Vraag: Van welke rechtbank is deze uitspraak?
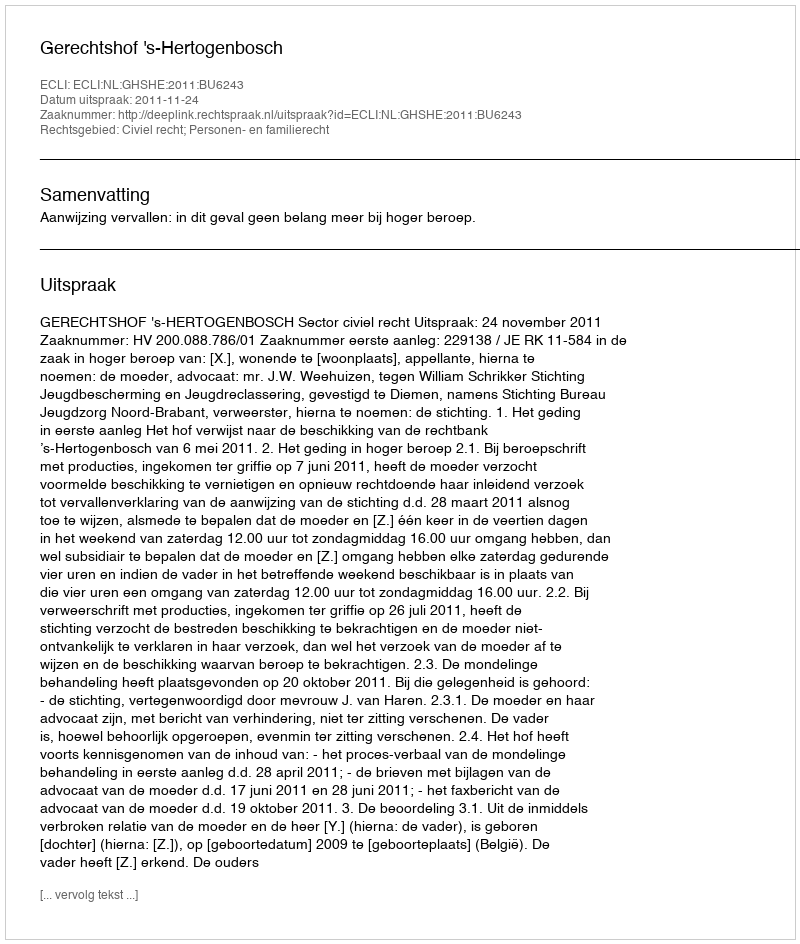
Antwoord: Gerechtshof 's-Hertogenbosch